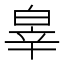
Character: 𤽮